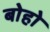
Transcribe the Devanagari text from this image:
बोहो